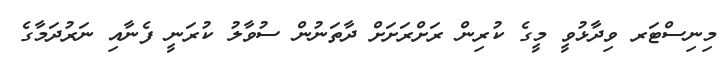
މިނިސްޓަރ ވިދާޅުވީ މީގެ ކުރިން ރަށްރަށަށް ދާތަނުން ސުވާލު ކުރަނީ ފެނާއި ނަރުދަމާގެ